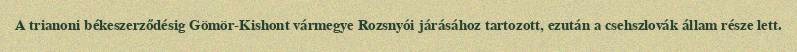
A trianoni békeszerződésig Gömör-Kishont vármegye Rozsnyói járásához tartozott, ezután a csehszlovák állam része lett.